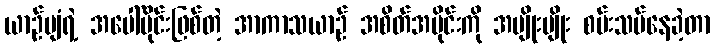
ယာဉ်ပျံရဲ့ အပေါ်ပိုင်းဖြစ်တဲ့ အာကာသယာဉ် အစိတ်အပိုင်းကို အမျိုးမျိုး စမ်းသပ်နေခဲ့တာ